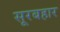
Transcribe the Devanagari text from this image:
सूरबहार